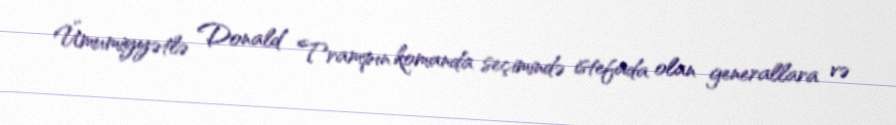
Ümumiyyətlə Donald Trampın komanda seçimində istefada olan generallara və